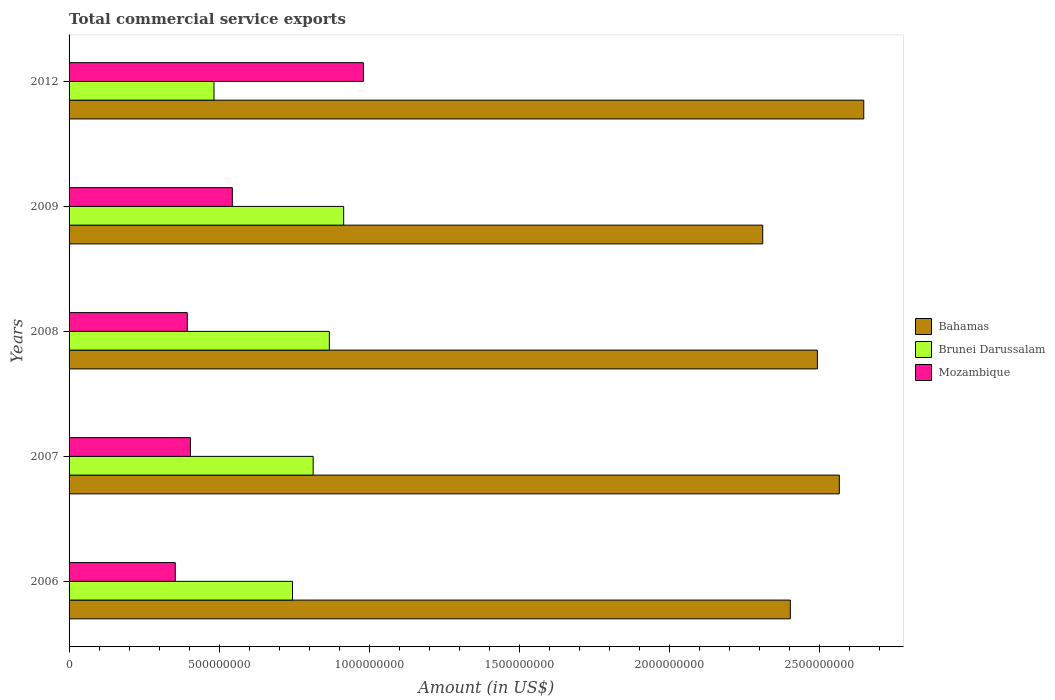
| Years | Bahamas | Brunei Darussalam | Mozambique |
 | --- | --- | --- | --- |
 | 2006 | 2.4e+09 | 7.45e+08 | 3.54e+08 |
 | 2007 | 2.57e+09 | 8.13e+08 | 4.04e+08 |
 | 2008 | 2.49e+09 | 8.67e+08 | 3.94e+08 |
 | 2009 | 2.31e+09 | 9.15e+08 | 5.44e+08 |
 | 2012 | 2.65e+09 | 4.83e+08 | 9.81e+08 |